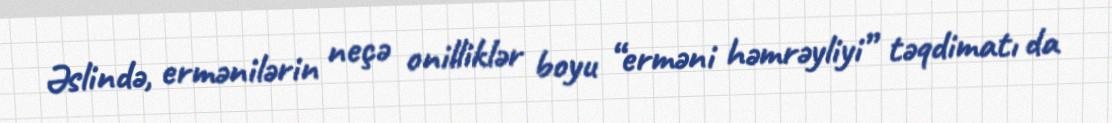
Əslində, ermənilərin neçə onilliklər boyu “erməni həmrəyliyi” təqdimatı da